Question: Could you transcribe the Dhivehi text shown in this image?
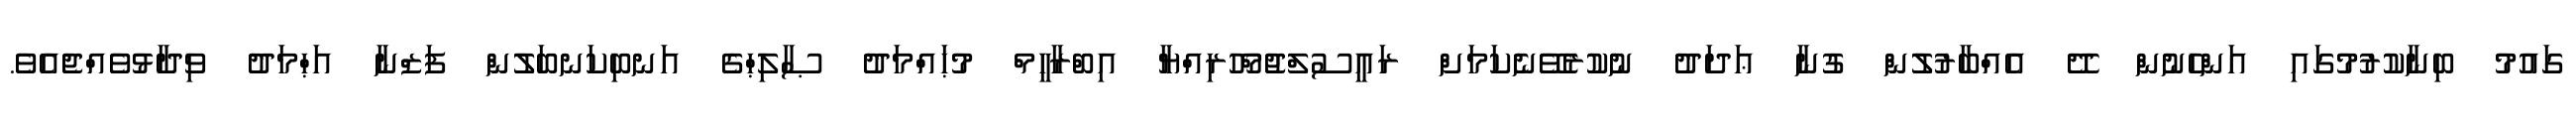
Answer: ގައުމު ބިނާކުރުމުގައި އަންހެނުން ދޭ އެއްބާރުލުން ގުނާ ޢަދަދު ނުކުރެވޭނެކަމަށް ރައީސުލްޖުމްހޫރިއްޔާ އިބްރާހީމް މުޙައްމަދު ޞާލިޙްގެ އަނބިކަނބަލުން ފަޒްނާ އަޙްމަދު ވިދާޅުވެއްޖެއެވެ.